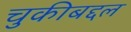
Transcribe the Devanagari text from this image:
चुकीबद्दल